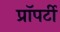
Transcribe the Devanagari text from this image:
प्राॅपर्टी